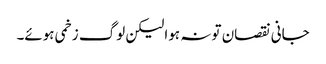
جانی نقصان تو نہ ہوا لیکن لوگ زخمی ہوئے۔